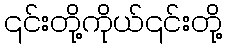
၎င်းတို့ကိုယ်၎င်းတို့